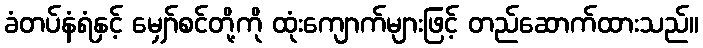
ခံတပ်နံရံနှင့် မျှော်စင်တို့ကို ထုံးကျောက်များဖြင့် တည်ဆောက်ထားသည်။